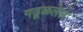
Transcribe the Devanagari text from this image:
गढूळलेले